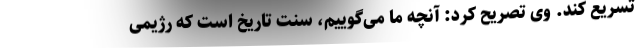
تسریع کند. وی تصریح کرد: آنچه ما می‌گوییم، سنت تاریخ است که رژیمی